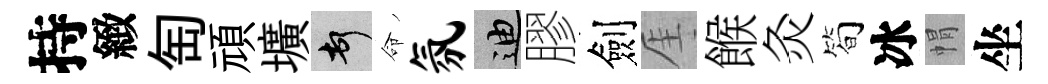
持緻匋頑壙頓命氛迪膠劍厓餱灸简冰㡌坐